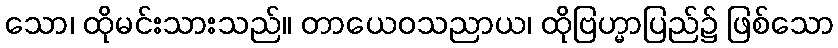
သော၊ ထိုမင်းသားသည်။ တာယေဝသညာယ၊ ထိုဗြဟ္မာပြည်၌ ဖြစ်သော